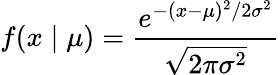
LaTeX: f(x\mid\mu)={\frac{e^{-(x-\mu)^{2}/2\sigma^{2}}}{\sqrt{2\pi\sigma^{2}}}}